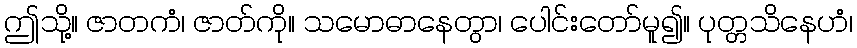
ဤသို့။ ဇာတကံ၊ ဇာတ်ကို။ သမောဓာနေတွာ၊ ပေါင်းတော်မူ၍။ ပုတ္တသိနေဟံ၊